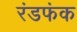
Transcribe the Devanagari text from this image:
रंडफंक